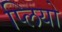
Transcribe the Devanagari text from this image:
प्लियो